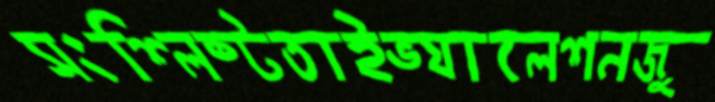
সংশ্লিষ্টতাইভ্যালেশনজু